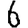
Digit: 6